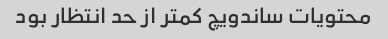
محتویات ساندویچ کمتر از حد انتظار بود